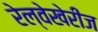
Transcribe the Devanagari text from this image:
रेल्वेखेरीज